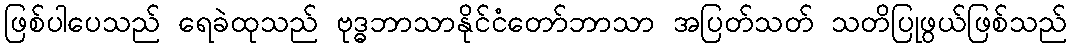
ဖြစ်ပါပေသည် ရေခဲထုသည် ဗုဒ္ဓဘာသာနိုင်ငံတော်ဘာသာ အပြတ်သတ် သတိပြုဖွယ်ဖြစ်သည်